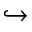
\hookrightarrow